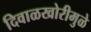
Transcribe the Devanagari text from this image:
दिवाळखोरीमुळे